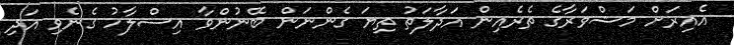
އެއިރަށް މަޝްވަރާގެ ތެރެއިން އަދާލަތު ތިޔަ ގެންނަން ބޭނުންވާ އިސްލާހު ގެނެވި އަދި